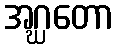
အဂ္ဃတော